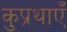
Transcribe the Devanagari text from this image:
कुप्रथाएँ